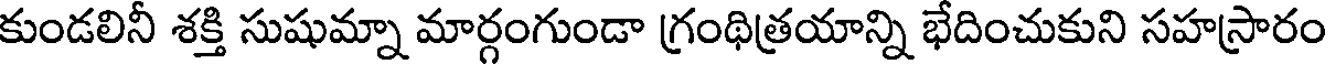
కుండలినీ శక్తి సుషుమ్నా మార్గంగుండా గ్రంథిత్రయాన్ని భేదించుకుని సహస్రారం